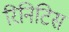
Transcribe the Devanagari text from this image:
रिनिटिस